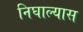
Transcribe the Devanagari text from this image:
निघाल्यास